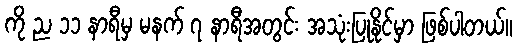
ကို ည ၁၁ နာရီမှ မနက် ၇ နာရီအတွင်း အသုံးပြုနိုင်မှာ ဖြစ်ပါတယ်။